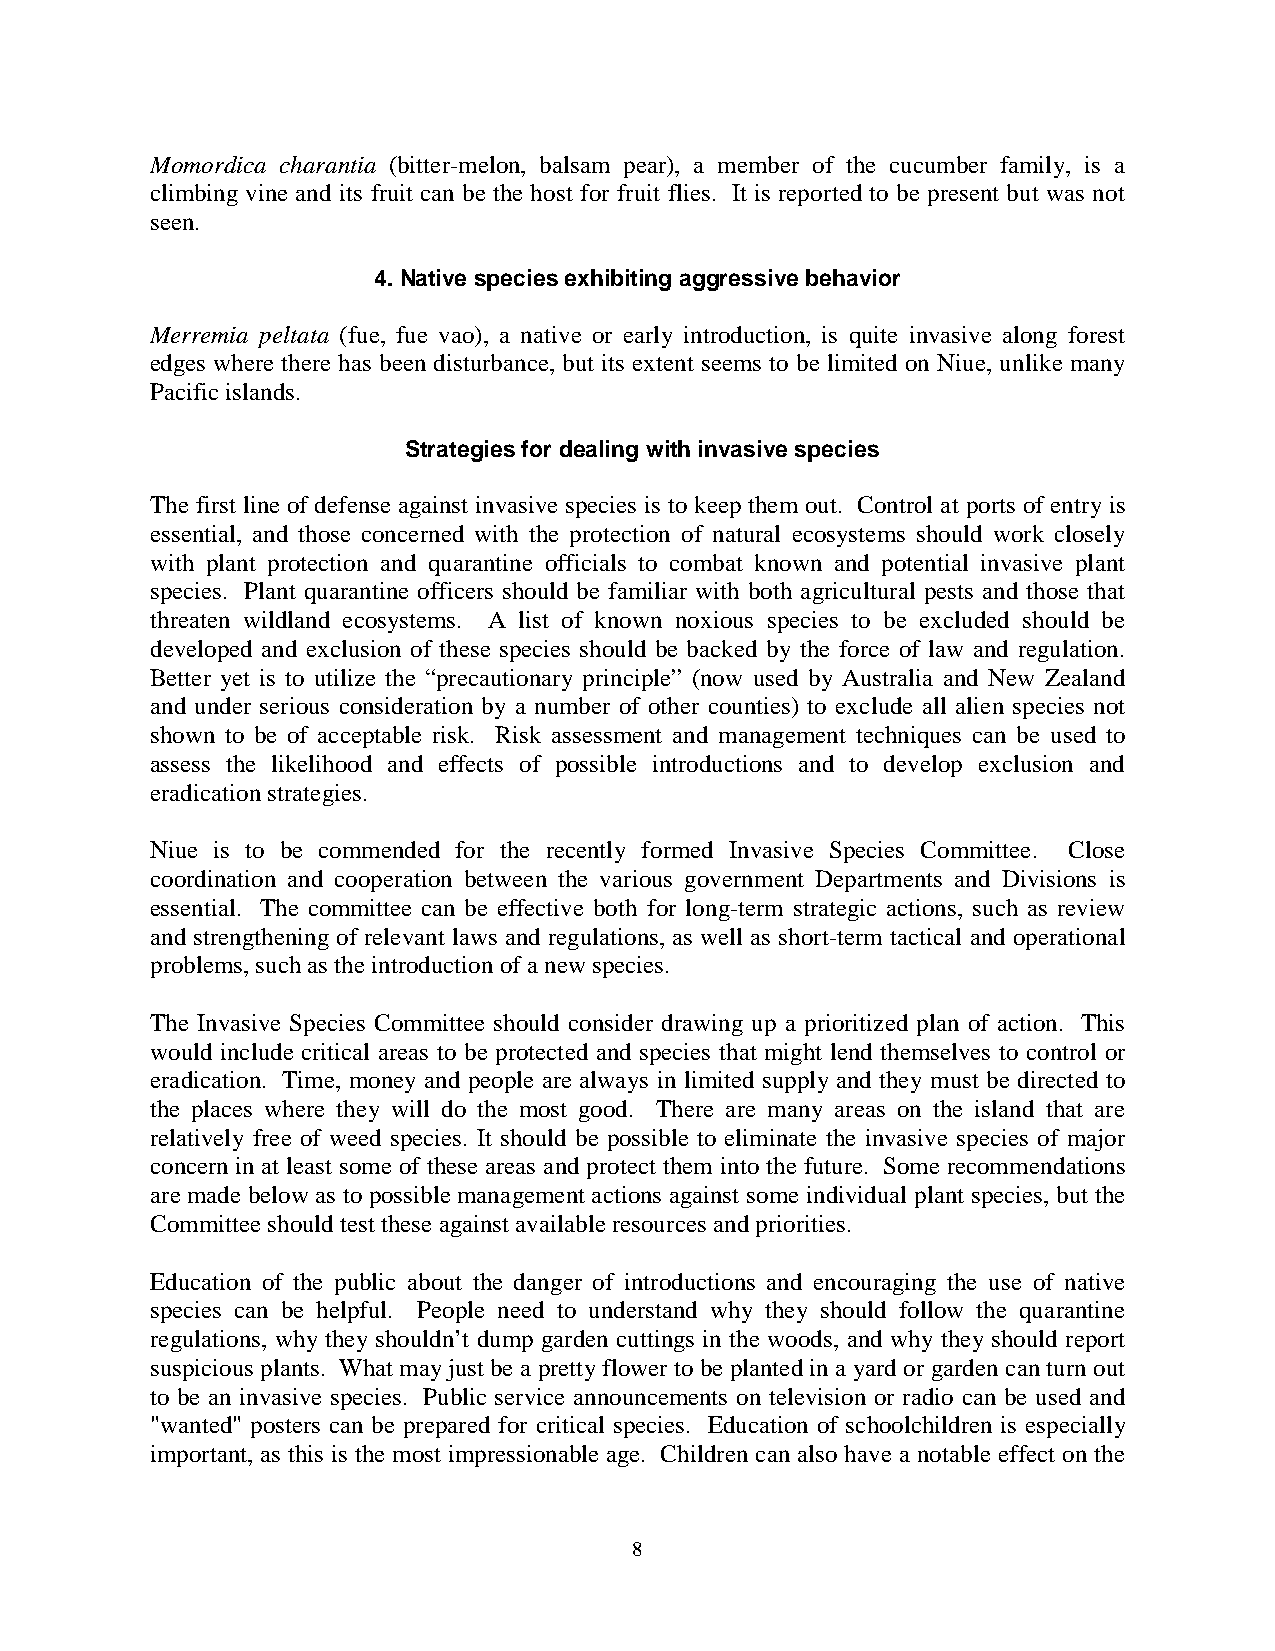
Momordica charantia (bitter-melon, balsam pear), a member of the cucumber family, is a
 climbing vine and its fruit can be the host for fruit flies. It is reported to be present but was not
 seen.
 4. Native species exhibiting aggressive behavior
 Merremia peltata (fue, fue vao), a native or early introduction, is quite invasive along forest
 edges where there has been disturbance, but its extent seems to be limited on Niue, unlike many
 Pacific islands.
 Strategies for dealing with invasive species
 The first line of defense against invasive species is to keep them out. Control at ports of entry is
 essential, and those concerned with the protection of natural ecosystems should work closely
 with plant protection and quarantine officials to combat known and potential invasive plant
 species. Plant quarantine officers should be familiar with both agricultural pests and those that
 threaten wildland ecosystems. A list of known noxious species to be excluded should be
 developed and exclusion of these species should be backed by the force of law and regulation.
 Better yet is to utilize the “precautionary principle” (now used by Australia and New Zealand
 and under serious consideration by a number of other counties) to exclude all alien species not
 shown to be of acceptable risk. Risk assessment and management techniques can be used to
 assess the likelihood and effects of possible introductions and to develop exclusion and
 eradication strategies.
 Niue is to be commended for the recently formed Invasive Species Committee. Close
 coordination and cooperation between the various government Departments and Divisions is
 essential. The committee can be effective both for long-term strategic actions, such as review
 and strengthening of relevant laws and regulations, as well as short-term tactical and operational
 problems, such as the introduction of a new species.
 The Invasive Species Committee should consider drawing up a prioritized plan of action. This
 would include critical areas to be protected and species that might lend themselves to control or
 eradication. Time, money and people are always in limited supply and they must be directed to
 the places where they will do the most good. There are many areas on the island that are
 relatively free of weed species. It should be possible to eliminate the invasive species of major
 concern in at least some of these areas and protect them into the future. Some recommendations
 are made below as to possible management actions against some individual plant species, but the
 Committee should test these against available resources and priorities.
 Education of the public about the danger of introductions and encouraging the use of native
 species can be helpful. People need to understand why they should follow the quarantine
 regulations, why they shouldn’t dump garden cuttings in the woods, and why they should report
 suspicious plants. What may just be a pretty flower to be planted in a yard or garden can turn out
 to be an invasive species. Public service announcements on television or radio can be used and
 "wanted" posters can be prepared for critical species. Education of schoolchildren is especially
 important, as this is the most impressionable age. Children can also have a notable effect on the
 8